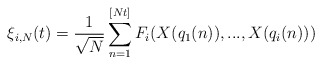
\begin{align*}\xi_{i,N}(t)=\frac{1}{\sqrt{N}}\sum_{n=1}^{[Nt]}F_{i}(X(q_{1}(n)),...,X(q_{i}(n)))\end{align*}